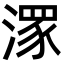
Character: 潈